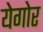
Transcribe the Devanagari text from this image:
येगोर